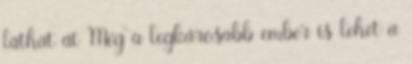
láthat át Még a legkárosabb ember is lehet a